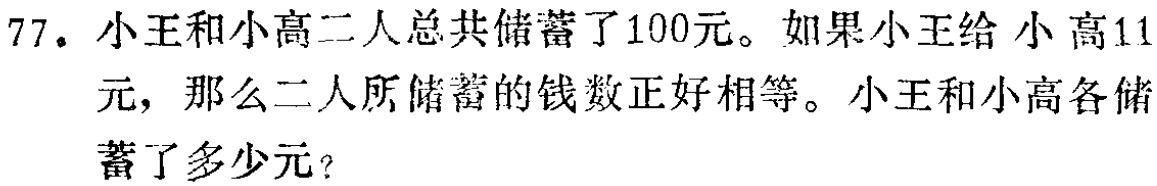
77. 小王和小高二人总共储蓄了100元。如果小王给小高11元，那么二人所储蓄的钱数正好相等。小王和小高各储蓄了多少元？